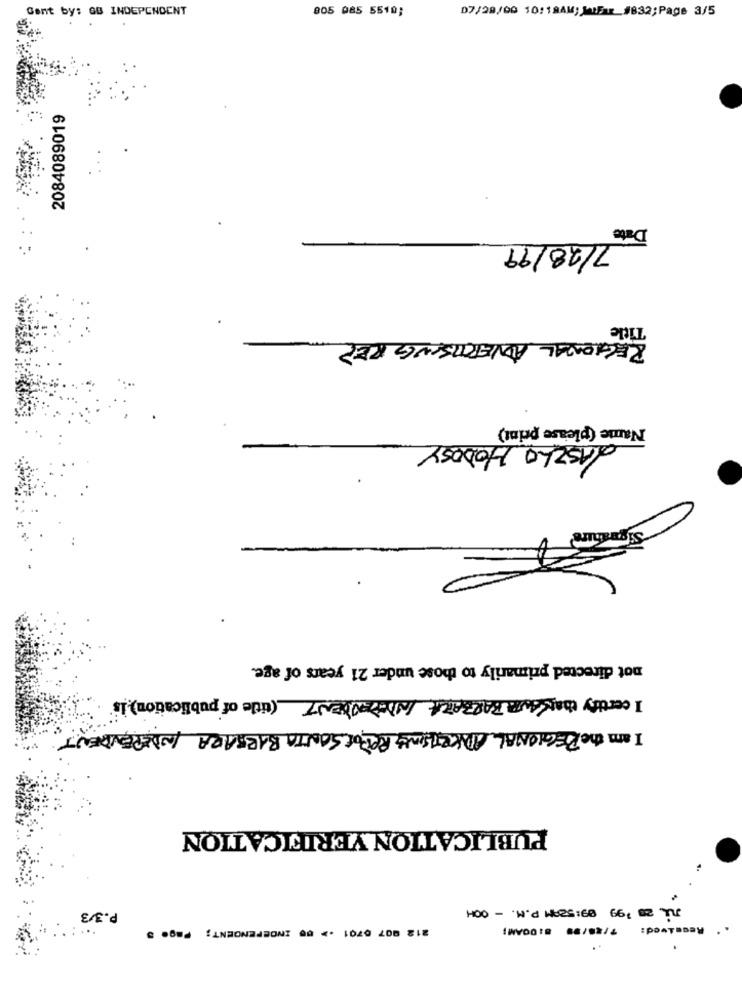
Gent by: GB INDEPENDENT
805 085 5510;
D7/28/00 10:18AM; MiFa_#832;Page 3/5
2084089019
Date
7/28/99
Title
REGIONAL ADVERTISING REP
Name (please print)
LASZLO HODOSY
Sig
not directed primarily to those under 21 years of age.
I certify thatsum BARBARA INDEPENDENT (title of publication) is
DEA
I am the REGIONAL ADVERTISING REPOR SANTA BARBARA INDEPE
PUBLICATION VERIFICATION
JUL 28 199 09:529M P.M. - OOH
P.3/3
212 007 0701 .> 00 INDEPENDENT; Page 5
7/88/99 8:00AM;
Received: